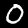
Digit: 0